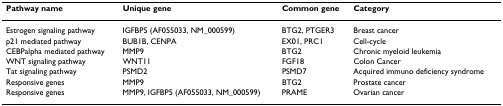
| Pathway name | Unique gene | Common gene | Category |
 | --- | --- | --- | --- |
 | Estrogen signaling pathway | IGFBP5 (AF055033, NM_000599) | BTG2, PTGER3 | Breast cancer |
 | p21 mediated pathway | BUB1B, CENPA | EX01, PRC1 | Cell-cycle |
 | CEBPalpha mediated pathway | MMP9 | BTG2 | Chronic myeloid leukemia |
 | WNT signaling pathway | WNT11 | FGF18 | Colon Cancer |
 | Tat signaling pathway | PSMD2 | PSMD7 | Acquired immuno deficiency syndrome |
 | Responsive genes | MMP9 | BTG2 | Prostate cancer |
 | Responsive genes | MMP9, IGFBP5 (AF055033, NM_000599) | PRAME | Ovarian cancer |